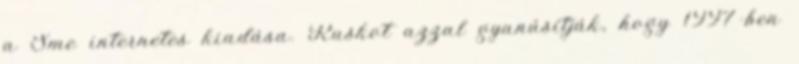
a Sme internetes kiadása. Ruskot azzal gyanúsítják, hogy 1997-ben